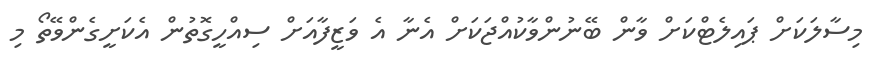
މިސާލަަކަށް ޕައިލެޓްކަށް ވާން ބޭނުންވާކުއްޖަކަށް އެނާ އެ ވަޒީފާއަށް ސިއްހީގޮތުން އެކަށީގެންވޭތޯ މި